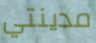
مدينتي